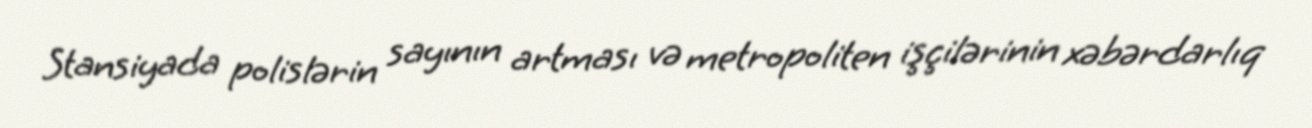
Stansiyada polislərin sayının artması və metropoliten işçilərinin xəbərdarlıq